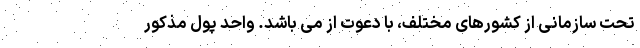
تحت سازمانی از کشورهای مختلف، با دعوت از می باشد. واحد پول مذکور